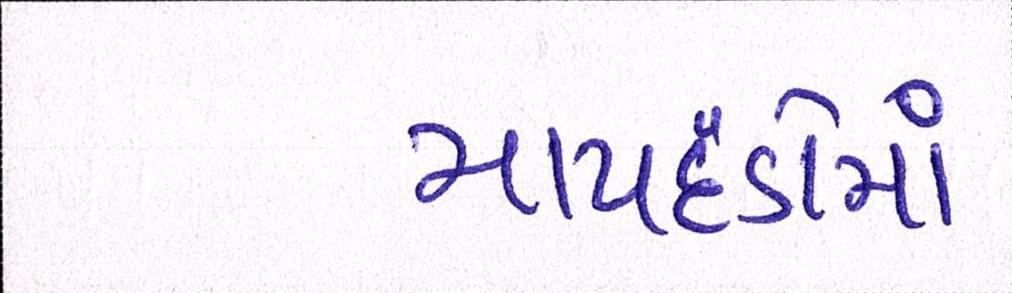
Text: માપદંડોમાં